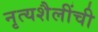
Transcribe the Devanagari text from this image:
नृत्यशैलींची